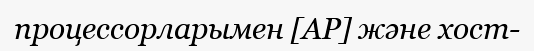
процессорларымен [АР] және хост-